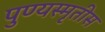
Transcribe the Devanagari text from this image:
पुण्यस्मृतीस